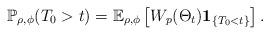
LaTeX: \begin{align*}\mathbb{P}_{\rho,\phi}(T_0 > t) = \mathbb{E}_{\rho,\phi}\left[W_p(\Theta_t){\bf 1}_{\{T_0 < t\}}\right]. \end{align*}